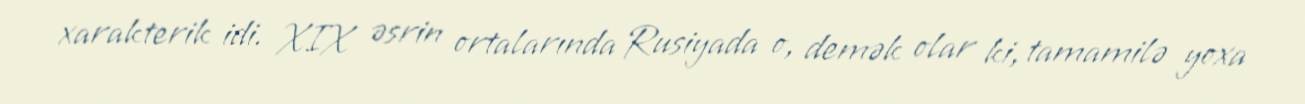
xarakterik idi. XIX əsrin ortalarında Rusiyada o, demək olar ki, tamamilə yoxa